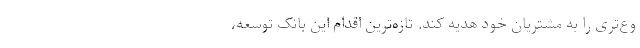
وع‌تری را به مشتریان خود هدیه کند. تازه‌ترین اقدام این بانک توسعه،